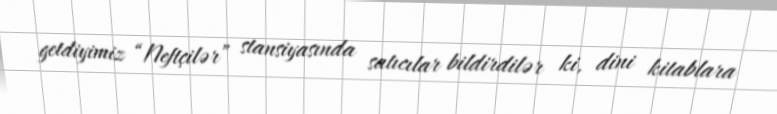
getdiyimiz “Neftçilər” stansiyasında satıcılar bildirdilər ki, dini kitablara